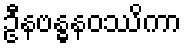
ဦနဗန္ဓနဝဿိကာ